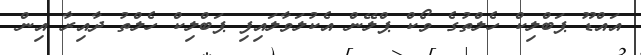
އައްޑޫ ޕަބްލިކް ހެލްތުގެ ވޯކް ޕްލޭން އެކުލަވާލައިފި ޕަބްލިކް ހެލްތު ދާއިރާ އިން